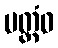
ပတ္တံဝ